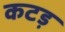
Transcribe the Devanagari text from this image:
कटड़